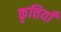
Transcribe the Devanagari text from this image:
कृत्तियाँ